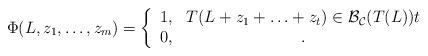
LaTeX: \begin{align*}\Phi(L,z_1,\ldots,z_m)=\left\{\begin{array}{cc}1,& T(L+z_1+\ldots+z_t)\in \mathcal {B}_{\mathcal{C}}(T(L)) t\\0,& .\end{array}\right.\end{align*}